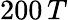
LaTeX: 200\, T